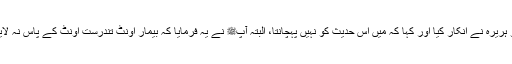
سیدنا ابو ہریرہؓ نے انکار کیا اور کہا کہ میں اس حدیث کو نہیں پہچانتا، البتہ آپﷺ نے یہ فرمایا کہ بیمار اونٹ تندرست اونٹ کے پاس نہ لایا جائے۔